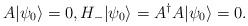
LaTeX: \begin{align*}A|\psi_{0}\rangle = 0,H_{-}|\psi_{0}\rangle = A^{\dagger}A |\psi_{0}\rangle = 0.\end{align*}